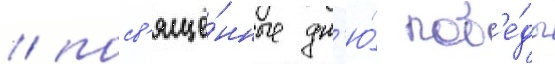
/ посв'ящё́нные дн'ю́ поб'е́ды